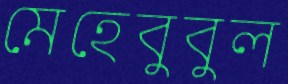
মেহেবুবুল